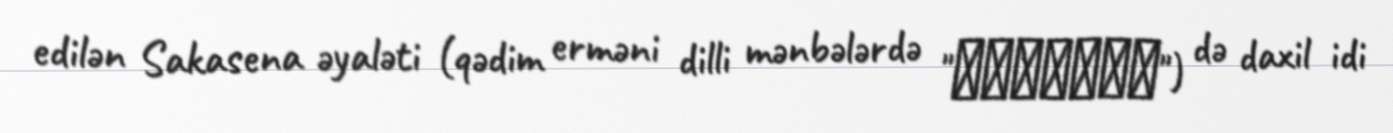
edilən Sakasena əyaləti (qədim erməni dilli mənbələrdə "Շակաշէն") də daxil idi